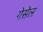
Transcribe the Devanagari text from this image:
गेसेल